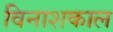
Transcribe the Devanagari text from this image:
विनाशकाल